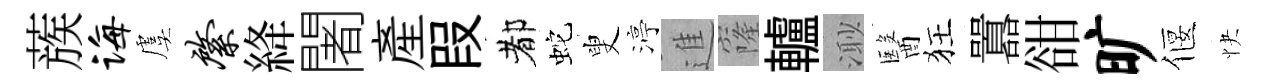
蔟诲虞綮絳闍産叚都蛇叟渟進窿轤𣺌醫狂囂𧮳旷偃快